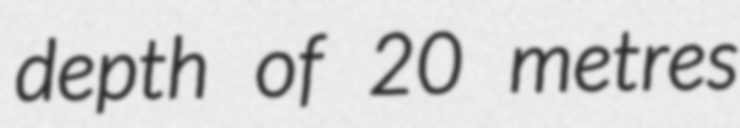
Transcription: depth of 20 metres